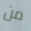
من